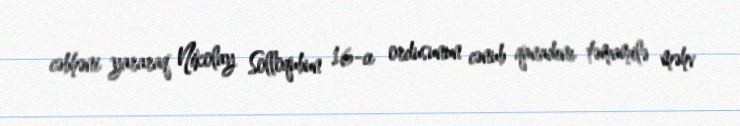
cəbhəni yararaq Nikolay Solloqubun 16-cı ordusunun cənub qanadını təmamilə məhv